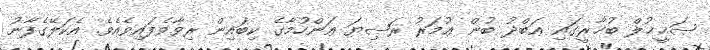
ޞަޙީޙުލް ބުޚާރީގައި ޢަބްދު ބުން ޢުމަރު ރަޟިޔަ ޢަންހުމާގެ ކިބައިން ރިވާވެފައިވެއެވެ. އެކަލޭގެފާނު